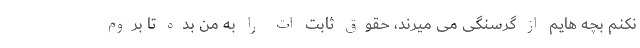
نکنم بچه هایم از گرسنگی می میرند، حقوق ثابت ات را به من بده تا بروم